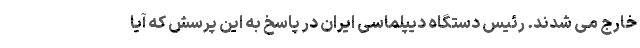
خارج می ‌شدند. رئیس دستگاه دیپلماسی ایران در پاسخ به این پرسش که آیا